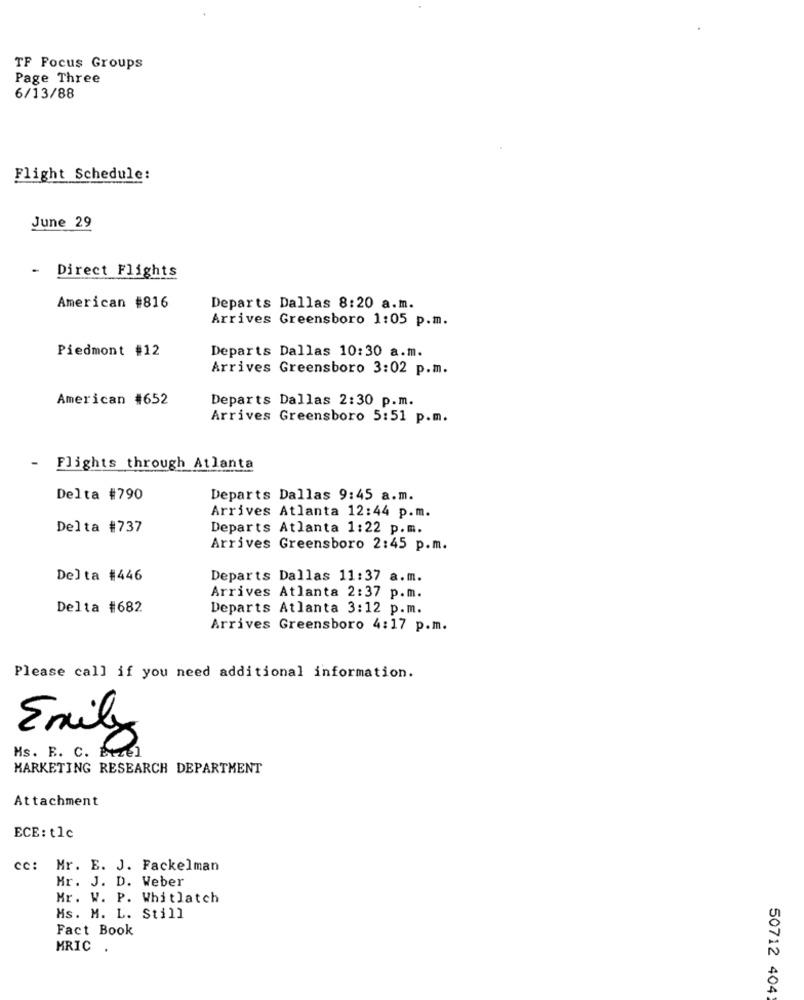
TF Focus Groups
Page Three
6/13/88
Flight Schedule:
June 29
- Direct Flights
American #816
Departs Dallas 8:20 a.m.
Arrives Greensboro 1:05 p.m.
Piedmont #12
Departs Dallas 10:30 a.m.
Arrives Greensboro 3:02 p.m.
American #652
Departs Dallas 2:30 p.m.
Arrives Greensboro 5:51 p.m.
-
Flights through Atlanta
Delta #790
Departs Dallas 9:45 a.m.
Arrives Atlanta 12:44 p.m.
Delta #737
Departs Atlanta 1:22 p.m.
Arrives Greensboro 2:45 p.m.
Delta #446
Departs Dallas 11:37 a.m.
Arrives Atlanta 2:37 p.m.
Delta #682
Departs Atlanta 3:12 p.m.
Arrives Greensboro 4:17 p.m.
Please call if you need additional information.
Emily
Ms. R. C. Etzel
MARKETING RESEARCH DEPARTMENT
Attachment
ECE: tlc
cc: Mr. E. J. Fackelman
Mr. J. D. Weber
Mr. W. P. Whitlatch
Ms. M. L. Still
Fact Book
MRIC
.
50712 404